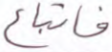
فاتباع